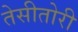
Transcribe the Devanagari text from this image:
तेसीतोरी